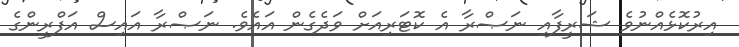
އިރުކޮޅެއްނުވެ ޝަރީފާއި ނަޞްރާ އެ ކޮޓަރިއަށް ވަދެގެން އައެވެ. ނަޞްރާ އައިސް އަފްރީންގެ